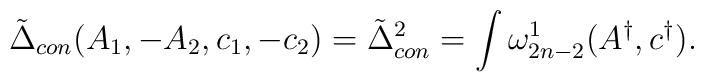
\tilde{\Delta}_{con}(A_{1},-A_{2},c_{1},-c_{2})=\tilde{\Delta}^{2}_{con}=\int\omega^{1}_{2n-2}(A^{\dagger},c^{\dagger}).